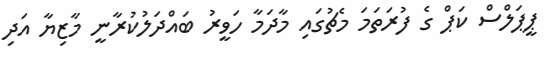
ޕީޕަލްސް ކަޕް ގެ ފުރަތަމަ މެޗުގައި މާދަމާ ހަވީރު ބައްދަލުކުރާނީ މާޒިޔާ އަދި